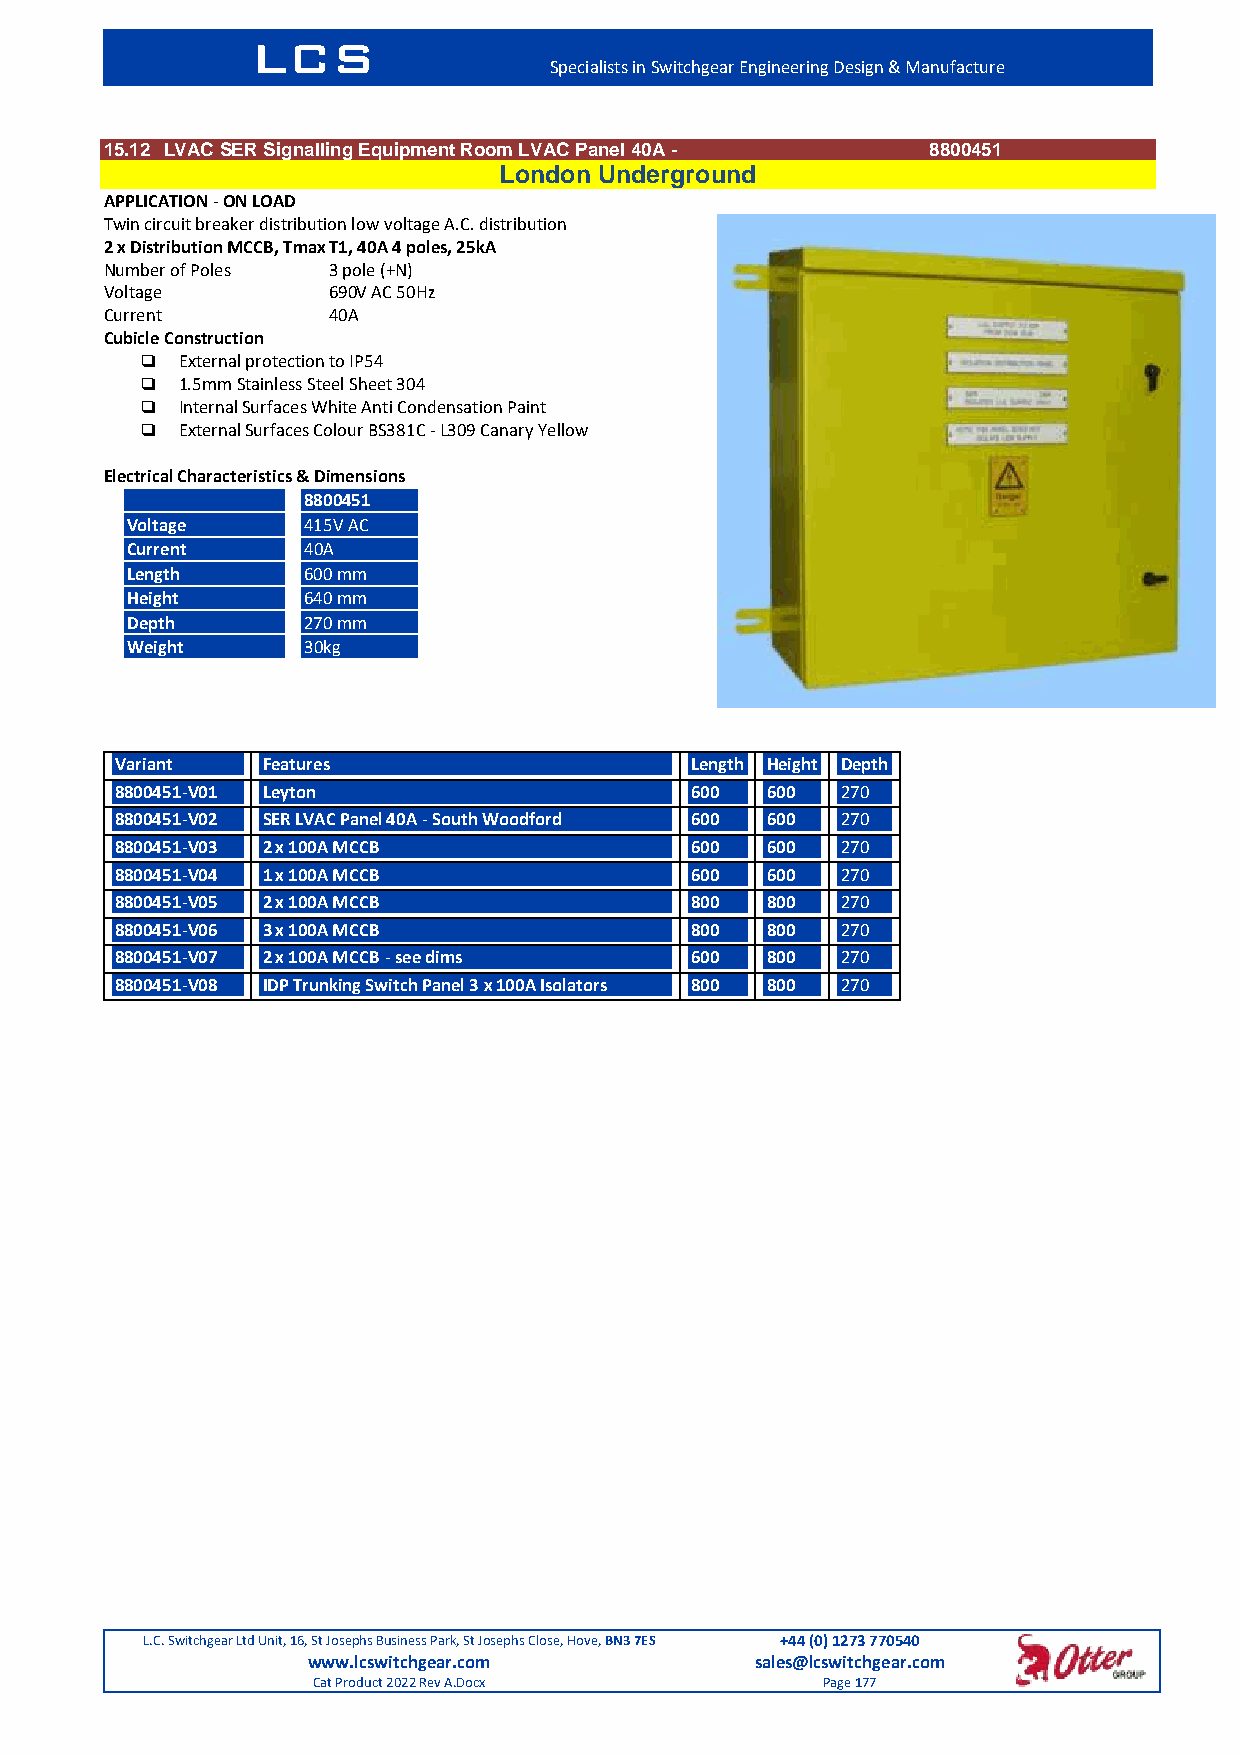
LCS
 Specialists in Switchgear Engineering Design & Manufacture
 15.12 LVAC SER Signalling Equipment Room LVAC Panel 40A - 8800451
 London Underground
 APPLICATION - ON LOAD
 Twin circuit breaker distribution low voltage A.C. distribution
 2 x Distribution MCCB, Tmax T1, 40A 4 poles, 25kA
 Number of Poles 3 pole (+N)
 Voltage        690V AC 50Hz
 Current        40A
 Cubicle Construction
   External protection to IP54
   1.5mm Stainless Steel Sheet 304
   Internal Surfaces White Anti Condensation Paint
   External Surfaces Colour BS381C - L309 Canary Yellow
 Electrical Characteristics & Dimensions
 8800451
 Voltage     415V AC
 Current     40A
 Length      600 mm
 Height      640 mm
 Depth       270 mm
 Weight      30kg
 Variant  Features                     Length Height Depth
 8800451-V01 Leyton                    600  600  270
 8800451-V02 SER LVAC Panel 40A - South Woodford 600 600 270
 8800451-V03 2 x 100A MCCB             600  600  270
 8800451-V04 1 x 100A MCCB             600  600  270
 8800451-V05 2 x 100A MCCB             800  800  270
 8800451-V06 3 x 100A MCCB             800  800  270
 8800451-V07 2 x 100A MCCB - see dims  600  800  270
 8800451-V08 IDP Trunking Switch Panel 3 x 100A Isolators 800 800 270
 L.C. Switchgear Ltd Unit, 16, St Josephs Business Park, St Josephs Close, Hove, BN3 7ES +44 (0) 1273 770540
 www.lcswitchgear.com          sales@lcswitchgear.com
 Cat Product 2022 Rev A.Docx      Page 177